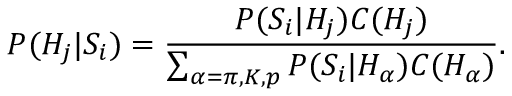
P ( H _ { j } | S _ { i } ) = \frac { P ( S _ { i } | H _ { j } ) C ( H _ { j } ) } { \sum _ { \alpha = \pi , K , p } P ( S _ { i } | H _ { \alpha } ) C ( H _ { \alpha } ) } .